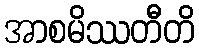
အာစမိဿတီတိ